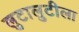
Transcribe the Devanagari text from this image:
लुटालुटीला